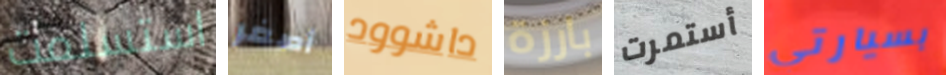
استسلمت أصغر داشوود بارزة أستمرت بسيارتي